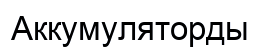
Аккумуляторды